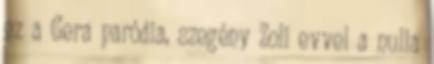
ez a Gera paródia, szegény Zoli evvel a nulla